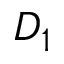
D _ { 1 }